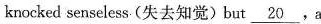
knocked senseless(失去知觉)but \underline(20),a